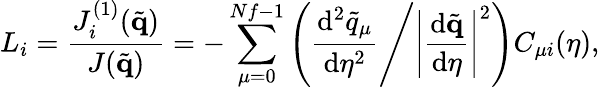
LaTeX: L_{i}=\frac{J_{i}^{(1)}(\tilde{\mathbf{q}})}{J(\tilde{\mathbf{q}})}=-\sum_{\mu=0}^{Nf-1}\left(\frac{\mathrm{d}^{2}\tilde{q}_{\mu}}{\mathrm{d}\eta^{2}}\Bigg/\left|\frac{\mathrm{d}\tilde{\mathbf{q}}}{\mathrm{d}\eta}\right|^{2}\right)C_{\mu i}(\eta),